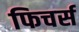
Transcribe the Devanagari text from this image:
फिचर्स